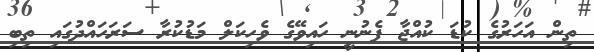
ތިން އަހަރުގެ ކުޑަ ކުއްޖާ ފެނުނީ ހައިވޭގެ ވެހިކަލް މަޑުކުރާ ސަރަހައްދުގައި ތިބި